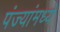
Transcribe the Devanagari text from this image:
पंज्यांमध्ये